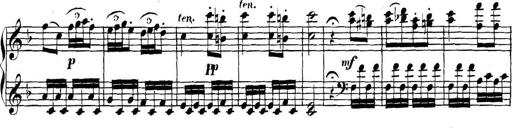
Title: Collected Piano Sonatas
Composer: Muzio Clementi